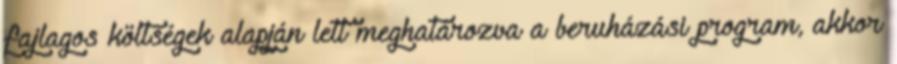
fajlagos költségek alapján lett meghatározva a beruházási program, akkor